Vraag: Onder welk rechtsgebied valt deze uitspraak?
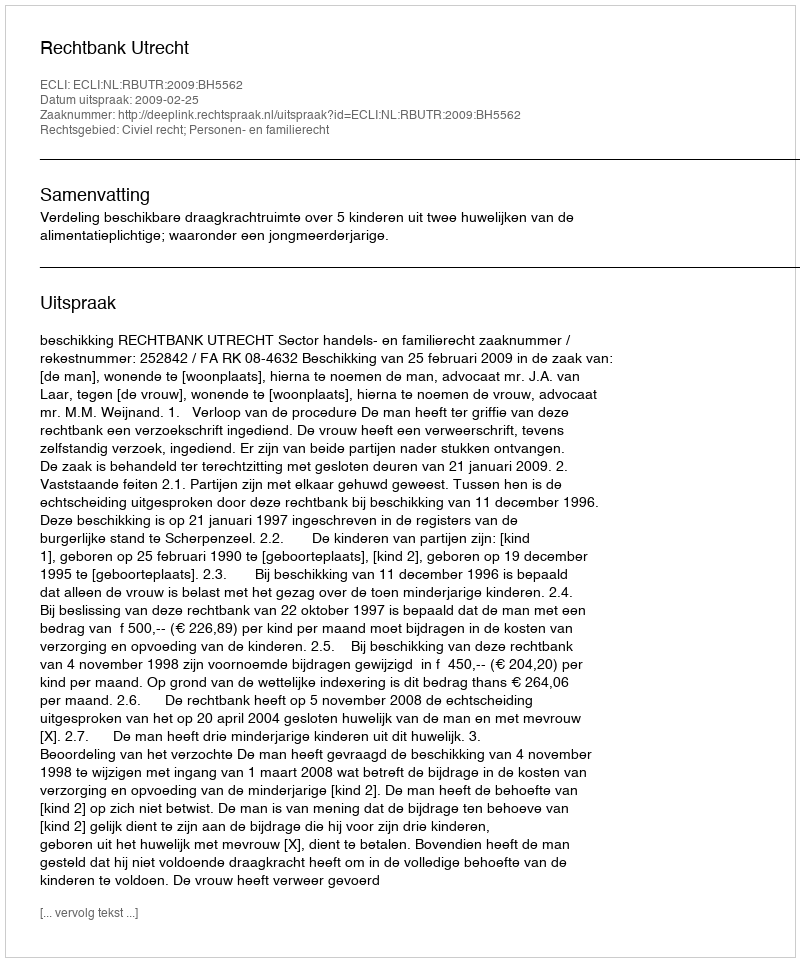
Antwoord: Civiel recht; Personen- en familierecht